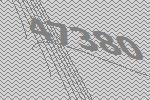
47380